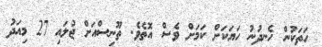
ހަތަކުން ހެނދުނު ހަޔަކަށް ކަމަށް ވެސް އޮތެވެ. ތޫނިސްއަށް ޖުލައި 27 މިއަދު